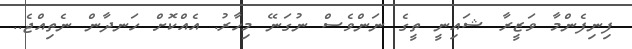
ފިނިފެންމާ ވަޒީރާ ޝައިނީ ތީގެ ނަންވެސް ނުގަނޭ މިހާރު. އެއްކޮށް ހަނދާން ނެތިއްޖެ..